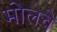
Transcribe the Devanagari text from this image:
मोलचे